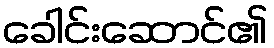
ခေါင်းဆောင်၏